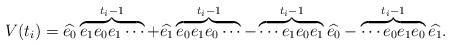
LaTeX: \begin{align*}V(t_{i})=\widehat{e_{0}}\overbrace{e_{1}e_{0}e_{1}\cdots}^{t_{i}-1}+\widehat{e_{1}}\overbrace{e_{0}e_{1}e_{0}\cdots}^{t_{i}-1}-\overbrace{\cdots e_{1}e_{0}e_{1}}^{t_{i}-1}\widehat{e_{0}}-\overbrace{\cdots e_{0}e_{1}e_{0}}^{t_{i}-1}\widehat{e_{1}}.\end{align*}